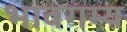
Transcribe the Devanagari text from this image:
भावगम्य